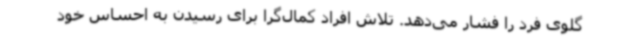
گلوی فرد را فشار می‌دهد. تلاش افراد کمال‌گرا برای رسیدن به احساس خود